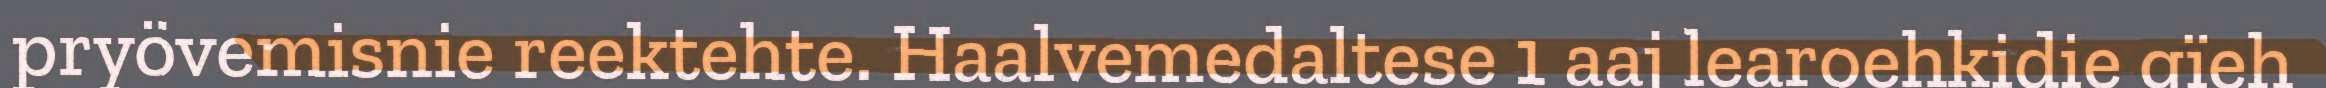
pryövemisnie reektehte. Haalvemedaltese 1 aaj learoehkidie gïeh